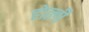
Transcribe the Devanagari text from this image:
होत्ली